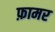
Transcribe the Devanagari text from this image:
फ़ामर